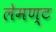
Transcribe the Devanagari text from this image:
लेमण्ट